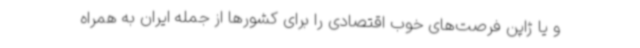
و یا ژاپن فرصت‌های خوب اقتصادی را برای کشورها از جمله ایران به همراه